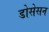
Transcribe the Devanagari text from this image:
डोसेसन